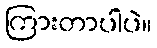
ကြားတာပါပဲ။